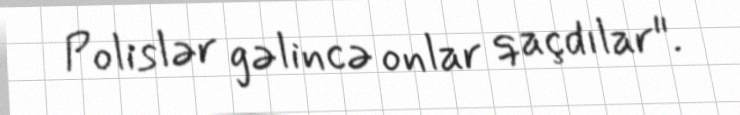
Polislər gəlincə onlar qaçdılar".